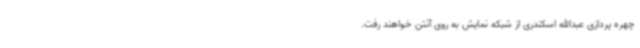
چهره پردازی عبدالله اسکندری از شبکه نمایش به روی آنتن خواهند رفت.